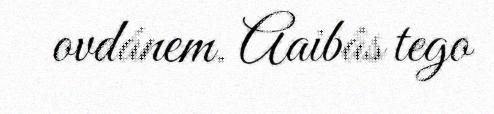
ovdánem. Aaibâs tego